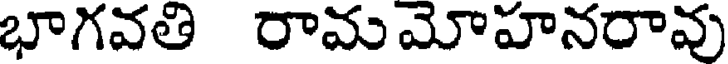
భాగవతి రామమోహనరావు